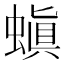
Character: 𮔪